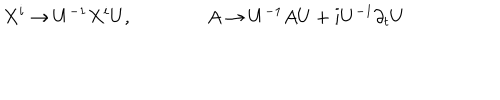
X ^ { i } \to U ^ { - 1 } X ^ { i } U , \qquad \qquad A \to U ^ { - 1 } A U + i U ^ { - 1 } \partial _ { t } U